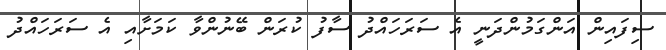
ސިފައިން އަންގަމުންދަނީ އެ ސަރަހައްދު ސާފު ކުރަން ބޭނުންވާ ކަމަށާއި އެ ސަރަހައްދު